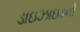
ડાઇઝાઇડનો